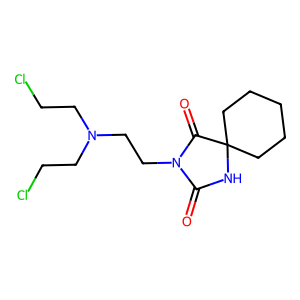
SMILES: O=C1NC2(CCCCC2)C(=O)N1CCN(CCCl)CCCl
Inhibits HIV replication: No